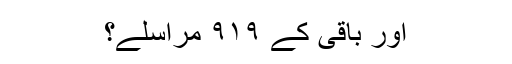
اور باقی کے ۹۱۹ مراسلے؟